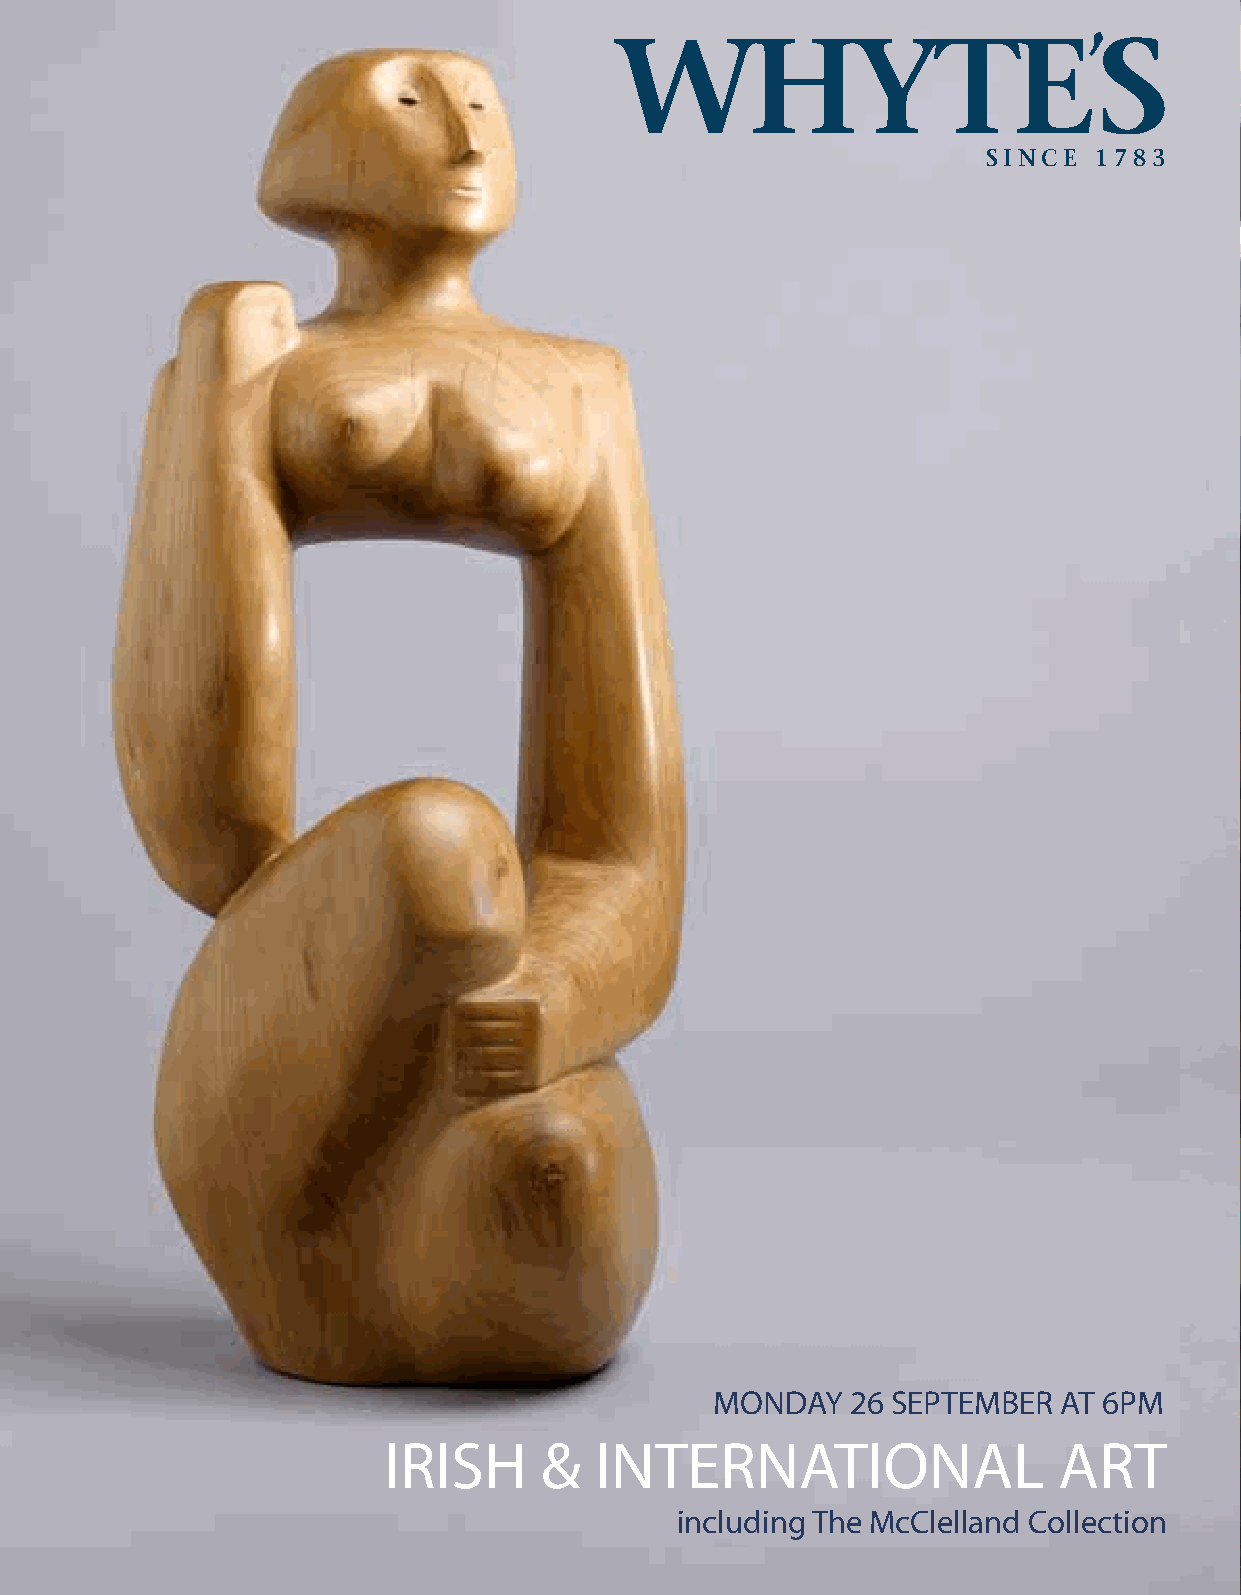
,
 WHYTE                           S
 SINCE  1783
 MONDAY   26 SEPTEMBER  AT 6PM
 IRISH      &  INTERNATIONAL                  ART
 including The McClelland Collection